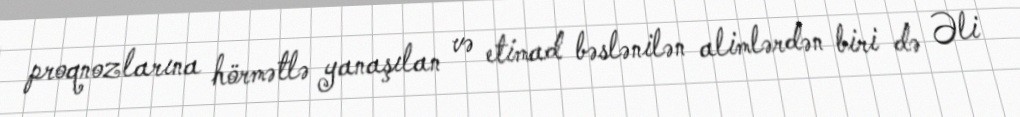
proqnozlarına hörmətlə yanaşılan və etimad bəslənilən alimlərdən biri də Əli